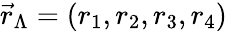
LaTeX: \vec{r}_{\Lambda}=(r_{1},r_{2},r_{3},r_{4})